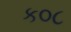
ક૦૮